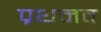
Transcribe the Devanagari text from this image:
प्रथमव